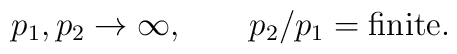
p_1,p_2\to \infty,\qquad p_2/p_1={\rm finite}.